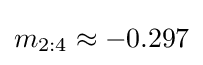
m_{2:4}\approx -0.297